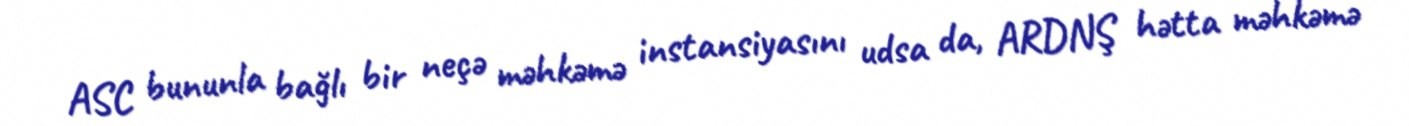
ASC bununla bağlı bir neçə məhkəmə instansiyasını udsa da, ARDNŞ hətta məhkəmə